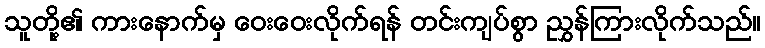
သူတို့၏ ကားနောက်မှ ဝေးဝေးလိုက်ရန် တင်းကျပ်စွာ ညွှန်ကြားလိုက်သည်။